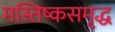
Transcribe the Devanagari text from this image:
मस्तिष्कसमृद्ध